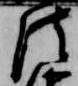
法